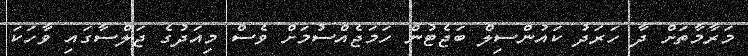
މަރާމާތަށް ދާ ހަރަދު ކައުންސިލް ބަޖެޓުން ހަމަޖެއްސުމަށް ވެސް މިއަދުގެ ޖަލްސާގައި ވާހަކަ